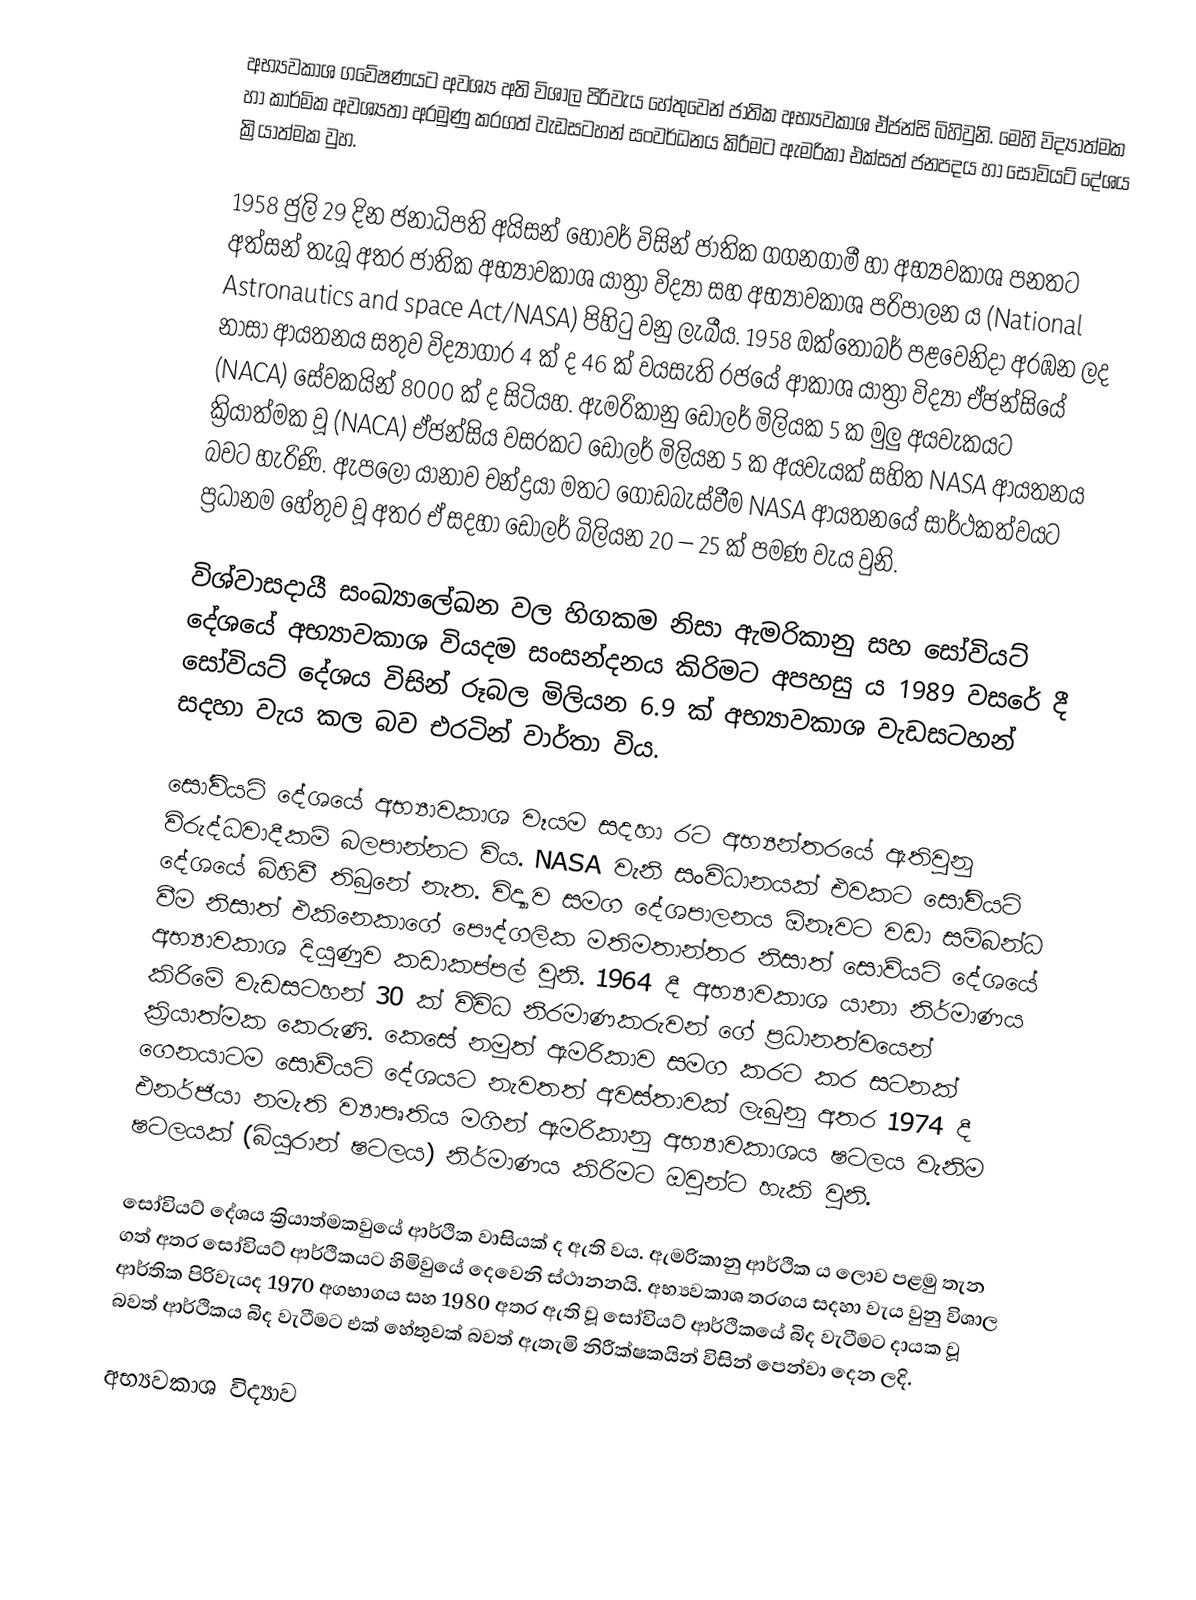
අභ්‍යවකාශ ගවේෂණයට අවශ්‍ය අති විශාල පිරිවැය හේතුවෙන්  ජාතික අභ්‍යවකාශ ඒජන්සි බිහිවුනි.  මෙහි විද්‍යාත්මක හා කාර්මික අවශ්‍යතා අරමුණු කරගත් වැඩසටහන් සංවර්ධනය කිරීමට ඇමරිකා එක්සත් ජනපදය හා සෝවියට් දේශය ක්‍රියාත්මක වුහ.

1958 ජුලි 29 දින ජනාධිපති අයිසන් හොවර් විසින් ජාතික ගගනගාමී හා අභ්‍යවකාශ පනතට අත්සන් තැබූ අතර ජාතික අභ්‍යාවකාශ යාත්‍රා විද්‍යා සහ අභ්‍යාවකාශ පරිපාලන ය (National Astronautics and space Act/NASA) පිහිටු වනු ලැබීය. 1958 ඔක්තෝබර් පළවෙනිදා අරඹන ලද නාසා ආයතනය සතුව විද්‍යාගාර 4 ක් ද 46 ක් වයසැති රජයේ ආකාශ යාත්‍රා විද්‍යා ඒජන්සියේ  (NACA)  සේවකයින් 8000 ක් ද සිටියහ. ඇමරිකානු ඩොලර් මිලියක 5 ක මුලු අයවැකයට ක්‍රියාත්මක වූ  (NACA)  ඒජන්සිය වසරක‍ට ඩොලර් මිලියන 5 ක අයවැයක් සහිත  NASA  ආයතනය බවට හැරිණි. ඇප‍ලෝ යානාව චන්ද්‍රයා මතට ගොඩබැස්වීම  NASA  ආයතනයේ සාර්ථකත්වයට ප්‍රධානම හේතුව වූ අතර ඒ සදහා ‍ඩොලර් බිලියන 20 – 25 ක් පමණ වැය වුනි.

විශ්වාසදායී සංඛ්‍යාලේඛන වල හිගකම නිසා ඇමරිකානු සහ සෝවියට් දේශයේ අභ්‍යාවකාශ වියදම සංසන්දනය කිරිමට අපහසු ය 1989 වසරේ දී සෝවියට් දේශය විසින් රූබල මිලියන  6.9 ක් අභ්‍යාවකාශ වැඩසටහන් සදහා වැය කල බව එරටින් වාර්තා විය.

සෝවියට් දේශයේ අභ්‍යාවකාශ වෑයම සදහා රට අභ්‍යන්තරයේ ඇතිවුනු විරුද්ධවාදීකම් බලපාන්නට විය. NASA වැනි සංවිධානයක් එවකට සෝවියට් දේශයේ බිහිවී තිබුනේ නැත. විද්‍යාව සමග දේශපාලනය ඕනෑවට වඩා සම්බන්ධ වීම නිසාත් එකිනෙකාගේ පෞද්ගලික  මතිමතාන්තර නිසාත් සොව්ය‍ට් දේශයේ අභ්‍යාවකාශ දියුණුව කඩාකප්පල් වුනි. 1964 දී අභ්‍යාවකාශ යානා නිර්මාණය කිරිමේ වැඩසටහන් 30 ක් විවිධ නිරමාණකරුවන් ගේ ප්‍රධානත්වයෙන් ක්‍රියාත්මක කෙරුණි. කෙසේ නමුත් ඇමරිකාව සමග කරට කර සටනක් ගෙනයාටම  සොව්යට් දේශයට නැවතත් අවස්තාවක් ලැබුනු අතර 1974 දී එනර්ජියා නමැති ව්‍යාපෘතිය මගින් ඇමරිකානු අභ්‍යාවකාශය ෂටලය වැනිම ෂටලයක් (බියුරාන් ෂටලය) නිර්මාණය කිරිමට ඔවුන්ට හැකි වුනි.

සෝවියට් දේශය ක්‍රියාත්මකවුයේ ආර්ථික වාසියක් ද ඇති වය. ඇමරිකානු ආර්ථික ය ලොව පළමු තැන ගත් අතර සෝවියට් ආර්ථිකයට හිමිවුයේ දෙවෙනි ස්ථානනයි. අභ්‍යවකාශ තරගය සදහා වැය වුනු විශාල ආර්තික පිරිවැයද 1970 අගභාගය සහ 1980 අතර ඇති වූ ‍සෝවියට් ආර්ථිකයේ බිද වැටීමට දායක වූ බවත් ආර්ථිකය බිද වැටීමට එක් හේතුවක් බවත් ඇතැමි නිරීක්ෂකයින් විසින් පෙන්වා දෙන ලදි.

අභ්‍යවකාශ විද්‍යාව